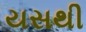
યસથી